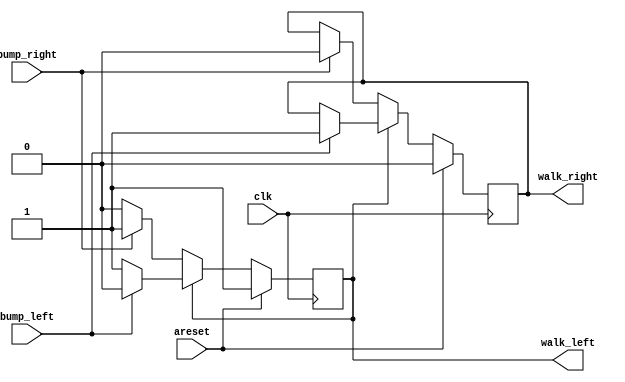
module top_module(
    input clk,
    input areset,    // Freshly brainwashed Lemmings walk left.
    input bump_left,
    input bump_right,
    output reg walk_left,
    output reg walk_right);
    initial begin
        walk_left = 1;
        walk_right = 0;
    end
    always @(posedge clk) begin
        if(areset)begin
            walk_left=1;
            walk_right=0;
        end
        else  begin
            if(walk_left)begin
                if(bump_left)begin
                    walk_left = 0;
                    walk_right = 1;
                end
            end
            else begin
                if(bump_right)begin
                    walk_left = 1;
                    walk_right = 0;
                end
            end
        end
    end
endmodule